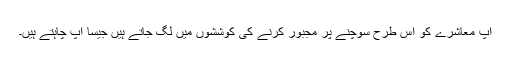
آپ معاشرے کو اس طرح سوچنے پر مجبور کرنے کی کوششوں میں لگ جاتے ہیں جیسا آپ چاہتے ہیں۔